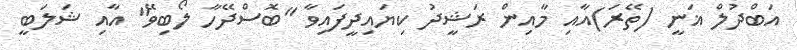
އަބްދުލް ޣަނީ (ތޭރަ)އާއި މާއިން ރަޝީދު ކިޔައިދީފައިވާ "ބޮސްދޭހާ ލޯބިވޭ" އާއި ޝަލަބީ